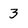
Character: 3